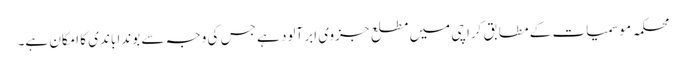
محکمہ موسمیات کے مطابق کراچی میں مطلع جزوی ابر آلود ہے جس کی وجہ سے بوندا باندی کا امکان ہے۔